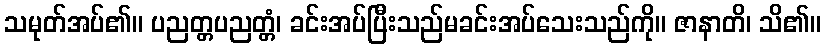
သမုတ်အပ်၏။ ပညတ္တပညတ္တံ၊ ခင်းအပ်ပြီးသည်မခင်းအပ်သေးသည်ကို။ ဇာနာတိ၊ သိ၏။